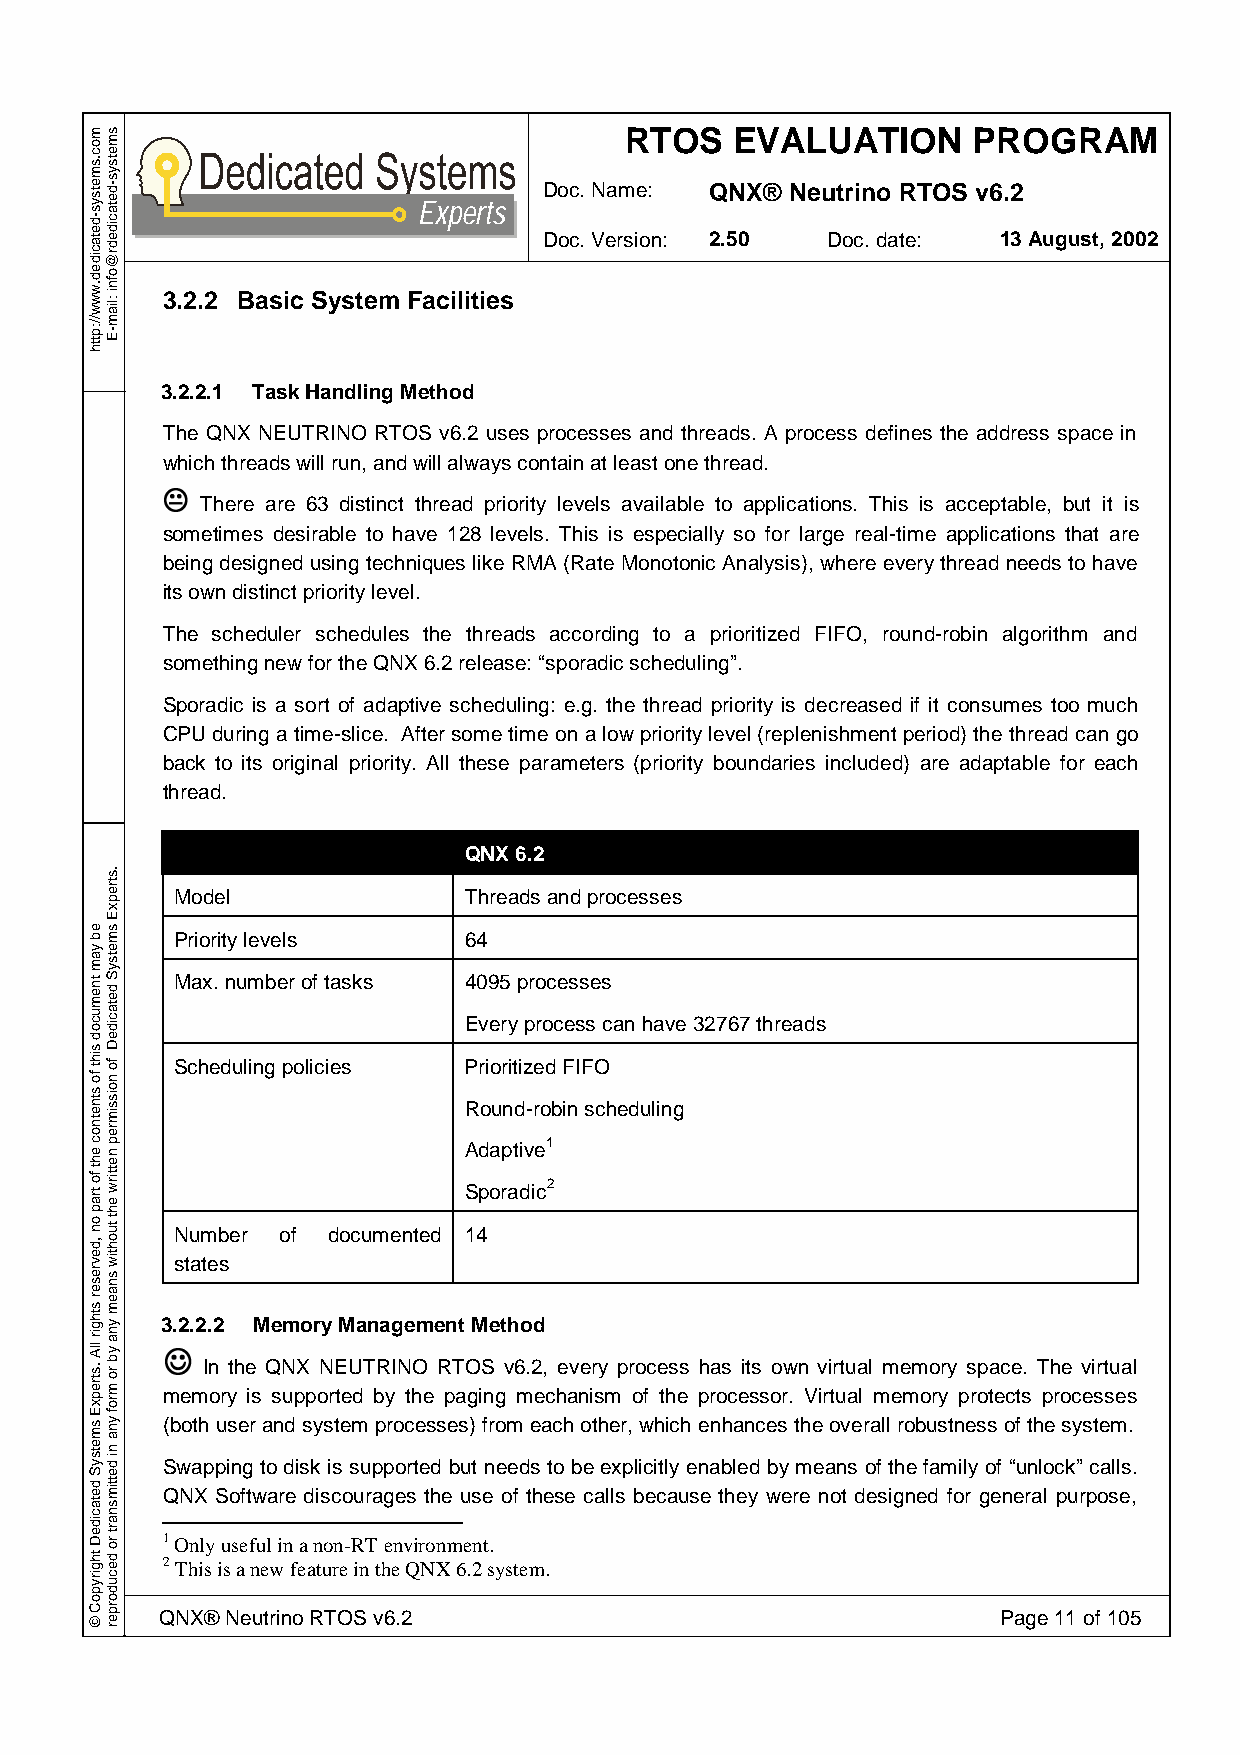
RTOS    EVALUATION     PROGRAM
 Doc. Name: QNX® Neutrino RTOS v6.2
 Experts
 Doc. Version: 2.50 Doc. date: 13 August, 2002
 3.2.2 Basic System Facilities
 3.2.2.1 Task Handling Method
 The QNX NEUTRINO RTOS v6.2 uses processes and threads. A process defines the address space in
 which threads will run, and will always contain at least one thread.
 K
 There are 63 distinct thread priority levels available to applications. This is acceptable, but it is
 sometimes desirable to have 128 levels. This is especially so for large real-time applications that are
 being designed using techniques like RMA (Rate Monotonic Analysis), where every thread needs to have
 its own distinct priority level.
 The scheduler schedules the threads according to a prioritized FIFO, round-robin algorithm and
 something new for the QNX 6.2 release: “sporadic scheduling”.
 Sporadic is a sort of adaptive scheduling: e.g. the thread priority is decreased if it consumes too much
 CPU during a time-slice. After some time on a low priority level (replenishment period) the thread can go
 back to its original priority. All these parameters (priority boundaries included) are adaptable for each
 thread.
 QNX 6.2
 Model              Threads and processes
 Priority levels    64
 Max. number of tasks 4095 processes
 Every process can have 32767 threads
 Scheduling policies Prioritized FIFO
 Round-robin scheduling
 Adaptive1
 Sporadic2
 Number of documented 14
 states
 3J.2.2.2 Memory Management Method
 In the QNX NEUTRINO RTOS v6.2, every process has its own virtual memory space. The virtual
 memory is supported by the paging mechanism of the processor. Virtual memory protects processes
 (both user and system processes) from each other, which enhances the overall robustness of the system.
 Swapping to disk is supported but needs to be explicitly enabled by means of the family of “unlock” calls.
 QNX Software discourages the use of these calls because they were not designed for general purpose,
 1 Only useful in a non-RT environment.
 2 This is a new feature in the QNX 6.2 system.
 QNX® Neutrino RTOS v6.2                                Page 11 of 105
 moc.smetsys-detacided.www//:ptth
 eb
 yam
 tnemucod
 siht
 fo
 stnetnoc
 eht
 fo
 trap
 on
 ,devreser
 sthgir
 llA
 .strepxE
 smetsyS
 detacideD
 thgirypoC
 ©
 smetsys-detacidedr@ofni
 :liam-E
 .strepxE
 smetsyS
 detacideD
 fo
 noissimrep
 nettirw
 eht
 tuohtiw
 snaem
 yna
 yb
 ro
 mrof
 yna
 ni
 dettimsnart
 ro
 decudorper